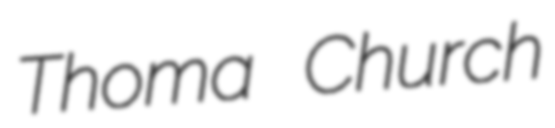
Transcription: Thoma Church